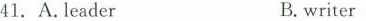
41.A. leader B.writer